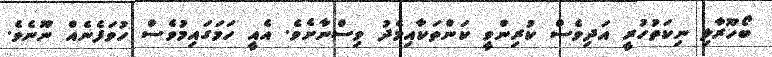
ބޯހޫރާލި ނިކަތުހުރީ އަދިވެސް ކުރިންވީ ކަންތަކާއިމެދު ވިސްނާށެވެ. އެއީ ހަމަގައިމުވެސް ހުވަފެނެއް ނޫނެވެ.